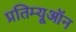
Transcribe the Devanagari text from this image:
प्रतिम्यूऑन